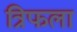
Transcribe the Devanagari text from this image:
त्रिफला